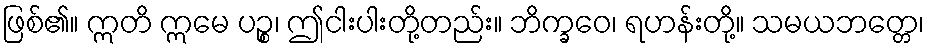
ဖြစ်၏။ ဣတိ ဣမေ ပဉ္စ၊ ဤငါးပါးတို့တည်း။ ဘိက္ခဝေ၊ ရဟန်းတို့။ သမယဘတ္တေ၊